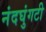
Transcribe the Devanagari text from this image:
नंदघुंगटी